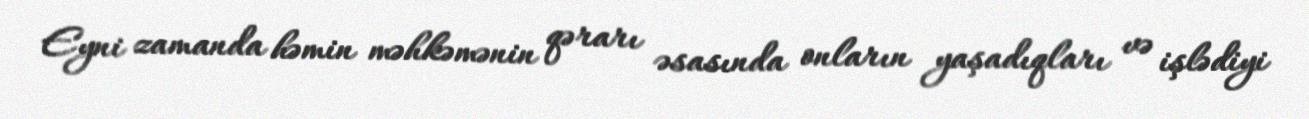
Eyni zamanda həmin məhkəmənin qərarı əsasında onların yaşadıqları və işlədiyi